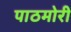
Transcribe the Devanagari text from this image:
पाठमोरी